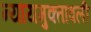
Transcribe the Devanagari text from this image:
न्यायमुक्तावली